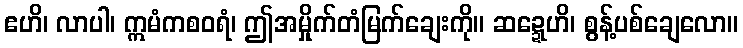
ဧဟိ၊ လာပါ၊ ဣမံကစဝရံ၊ ဤအမှိုက်တံမြက်ချေးကို။ ဆဍ္ဍေဟိ၊ စွန့်ပစ်ချေလော။